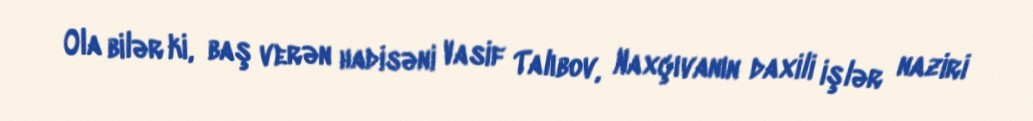
Ola bilər ki, baş verən hadisəni Vasif Talıbov, Naxçıvanın daxili işlər naziri